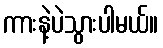
ကားနဲ့ပဲသွားပါမယ်။